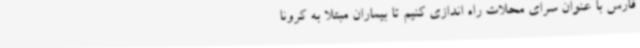
فارس با عنوان سرای محلات راه اندازی کنیم تا بیماران مبتلا به کرونا